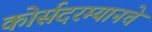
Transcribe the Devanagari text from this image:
कोर्सदरम्यानचे